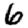
Digit: 6